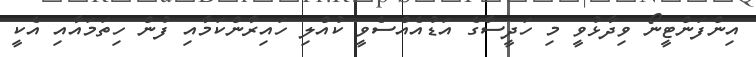
އިންފަންޓީނޯ ވިދާޅުވީ މި ހަދީސާގެ އަޑުއެއްސެވީ ކުއްލި ހައިރާންކަމާއި ފުން ހިތަމައާއި އެކީ